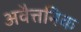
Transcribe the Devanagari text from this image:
अवैत्तनिक